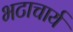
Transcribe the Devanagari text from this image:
भटाचार्य